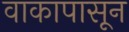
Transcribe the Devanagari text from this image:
वाकापासून